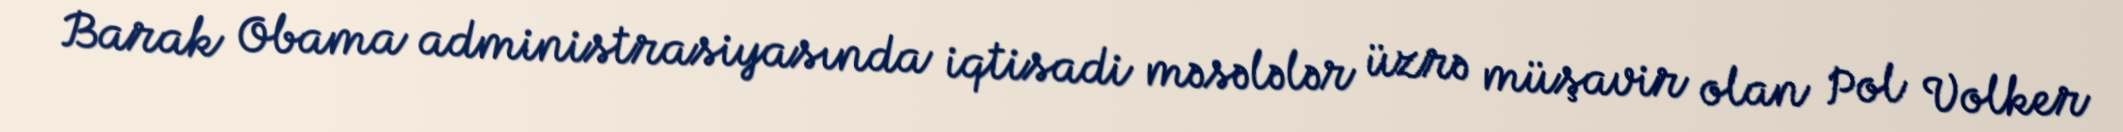
Barak Obama administrasiyasında iqtisadi məsələlər üzrə müşavir olan Pol Volker